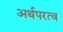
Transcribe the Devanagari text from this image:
अर्थपरत्व